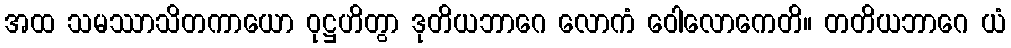
အထ သမဿာသိတကာယော ဝုဋ္ဌဟိတွာ ဒုတိယဘာဂေ လောကံ ဝေါလောကေတိ။ တတိယဘာဂေ ယံ